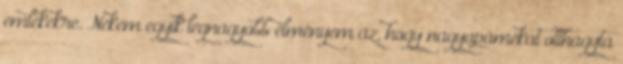
emlékekre. Nekem egyik legnagyobb élményem az, hogy nagyapámékat otthagyta